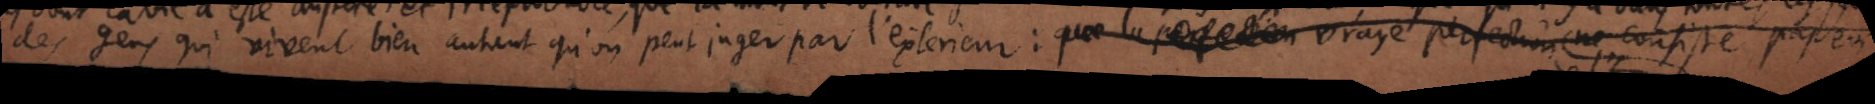
des gens qui vivent bien autant qu’on peut juger par l’extérieur : que la perfection vraye perfection ne consiste pas en